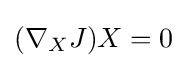
(\nabla _{X}J)X=0